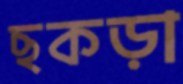
ছকড়া